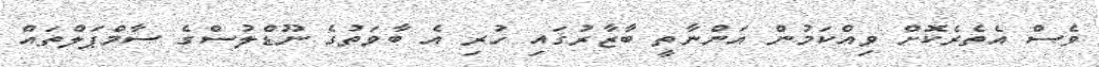
ވެސް އެތެރެކޮށް ވިއްކަމުން އަންނާތީ ބާޒާރުގައި ހުރި އެ ބާވަތުގެ ނޫޑްލުސްގެ ސާމްޕަލްތައް